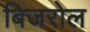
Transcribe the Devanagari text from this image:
बिजरोल